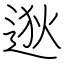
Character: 逖